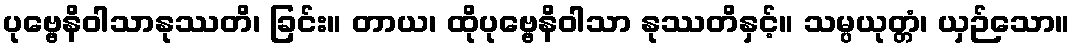
ပုဗ္ဗေနိဝါသာနုဿတိ၊ ခြင်း။ တာယ၊ ထိုပုဗ္ဗေနိဝါသာ နုဿတိနှင့်။ သမ္ပယုတ္တံ၊ ယှဉ်သော။